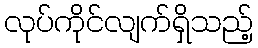
လုပ်ကိုင်လျက်ရှိသည့်